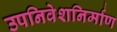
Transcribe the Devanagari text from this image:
उपनिवेशनिर्माण